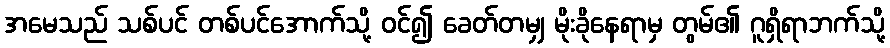
အမေသည် သစ်ပင် တစ်ပင်အောက်သို့ ဝင်၍ ခေတ်တမျှ မိုးခိုနေရာမှ တွမ်၏ ဂူရှိရာဘက်သို့